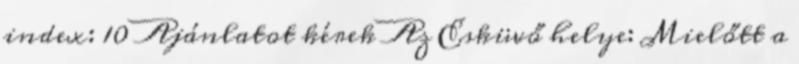
index: 10 Ajánlatot kérek Az Esküvő helye: Mielőtt a